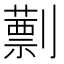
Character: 𠠕